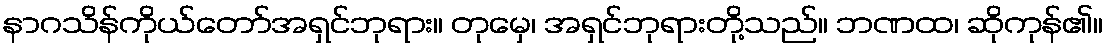
နာဂသိန်ကိုယ်တော်အရှင်ဘုရား။ တုမှေ၊ အရှင်ဘုရားတို့သည်။ ဘဏထ၊ ဆိုကုန်၏။